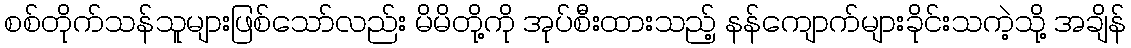
စစ်တိုက်သန်သူများဖြစ်သော်လည်း မိမိတို့ကို အုပ်စီးထားသည့် နန်ကျောက်များခိုင်းသကဲ့သို့ အချိန်